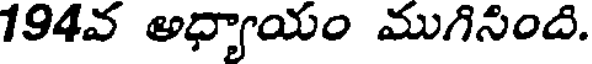
194వ అధ్యాయం ముగిసింది.